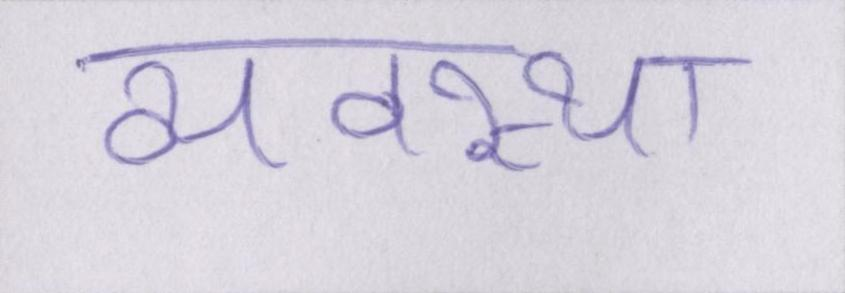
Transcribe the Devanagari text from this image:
व्यवस्था